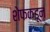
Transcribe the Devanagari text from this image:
शेफकडून